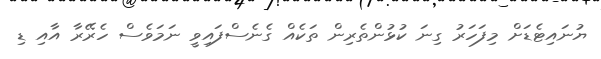
ޔުނައިޓެޑަށް މިފަހަރު ގިނަ ކުޅުންތެރިން ތަކެއް ގެނެސްފައިވީ ނަމަވެސް ހެރޭރާ އާއި ޑި